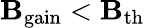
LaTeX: \mathbf{B}_{\mathrm{{gain}}}<\mathbf{B}_{\mathrm{{th}}}